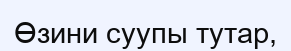
Өзини суупы тутар,